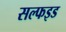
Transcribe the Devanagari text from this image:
सल्फइड